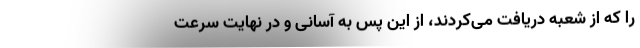
را که از شعبه دریافت می‌کردند، از این پس به آسانی و در نهایت سرعت